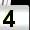
Digit: 4